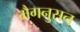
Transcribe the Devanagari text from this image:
मैगनुसन